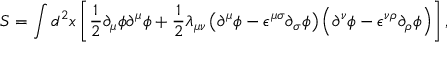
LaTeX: S = \int d ^ { 2 } x \left[ { \frac 1 2 } { \partial } _ { \mu } { \phi } { \partial } ^ { \mu } { \phi } + { \frac 1 2 } { \lambda } _ { { \mu } { \nu } } \left( { \partial } ^ { \mu } { \phi } - { \epsilon } ^ { { \mu } { \sigma } } { \partial } _ { \sigma } { \phi } \right) \left( { \partial } ^ { \nu } { \phi } - { \epsilon } ^ { { \nu } { \rho } } { \partial } _ { \rho } { \phi } \right) \right] ,